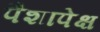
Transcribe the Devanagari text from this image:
पैशापेक्ष